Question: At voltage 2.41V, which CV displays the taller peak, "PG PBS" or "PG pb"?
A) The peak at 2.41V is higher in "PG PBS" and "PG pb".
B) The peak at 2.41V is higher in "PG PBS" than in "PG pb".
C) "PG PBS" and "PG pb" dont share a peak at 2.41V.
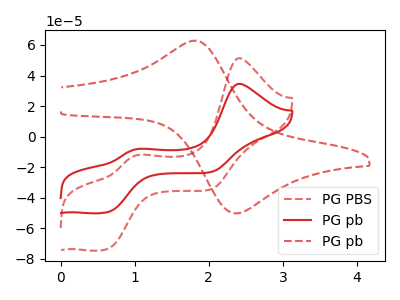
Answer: <think>The red dashed curve "PG PBS" has anodic peaks at (2.40V, 51.35uA) (1.05V, -11.90uA) and cathodic peaks at (0.65V, -73.25uA) (2.05V, -34.30uA). The red curve "PG pb" has anodic peaks at (2.40V, 34.55uA) (1.05V, -8.00uA) and cathodic peaks at (0.65V, -49.30uA) (2.05V, -23.05uA). The red dashed curve "PG pb" has an anodic peak at (1.80V, 62.80uA) and a cathodic peak at (2.40V, -50.15uA).</think>
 <answer>B) The peak at 2.41V is higher in "PG PBS" than in "PG pb".</answer>
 <eval>B</eval>